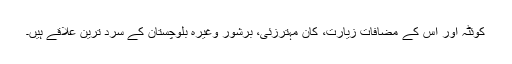
کوئٹہ اور اس کے مضافات زیارت، کان مہترزئی، برشور وغیرہ بلوچستان کے سرد ترین علاقے ہیں۔